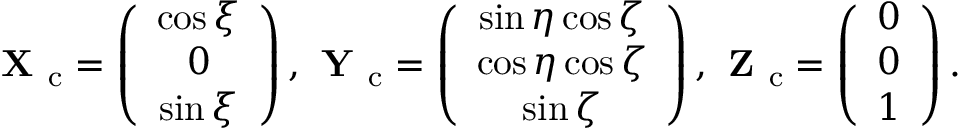
\textbf { X } _ { \mathrm { c } } = \left( \begin{array} { c } { \cos \xi } \\ { 0 } \\ { \sin \xi } \end{array} \right) , \textbf { Y } _ { \mathrm { c } } = \left( \begin{array} { c } { \sin \eta \cos \zeta } \\ { \cos \eta \cos \zeta } \\ { \sin \zeta } \end{array} \right) , \textbf { Z } _ { \mathrm { c } } = \left( \begin{array} { l } { 0 } \\ { 0 } \\ { 1 } \end{array} \right) .